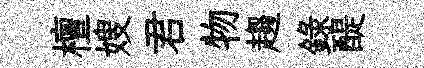
檀嫂君物趨錄醍